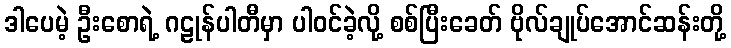
ဒါပေမဲ့ ဦးစောရဲ့ ဂဠုန်ပါတီမှာ ပါဝင်ခဲ့လို့ စစ်ပြီးခေတ် ဗိုလ်ချုပ်အောင်ဆန်းတို့